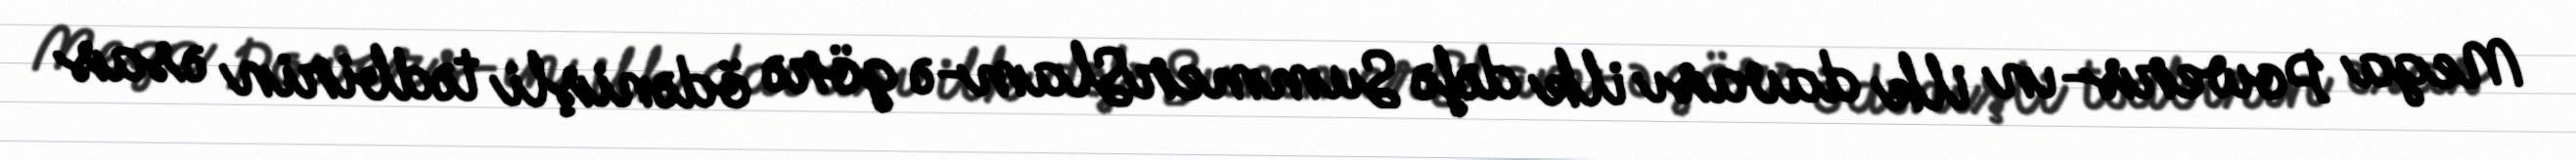
Mega Powers-ın ilk davası ilk dəfə SummerSlam-ə görə ödənişli tədbirin əsas